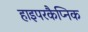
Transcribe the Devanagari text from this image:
हाइपरकैप्निक